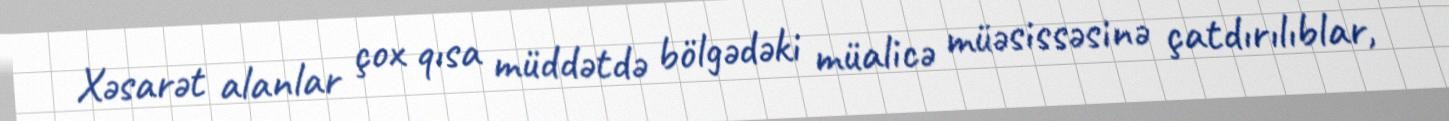
Xəsarət alanlar çox qısa müddətdə bölgədəki müalicə müəsissəsinə çatdırılıblar,